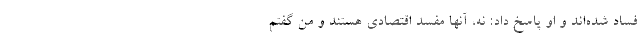
فساد شده‌اند و او پاسخ داد: نه، آنها مفسد اقتصادی هستند و من گفتم